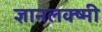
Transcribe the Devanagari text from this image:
ज्ञानलक्ष्मी